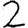
Digit: 2